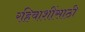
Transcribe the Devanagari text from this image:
रहिवाशींसाठी